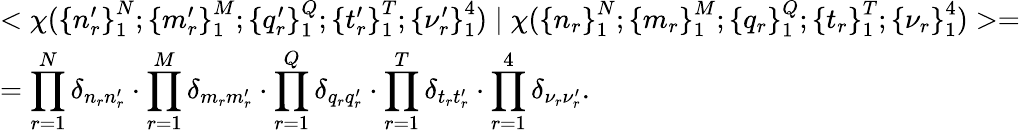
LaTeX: \begin{array}{l}{{<\chi({\{ n_{r}^{\prime}\} }_{1}^{N};{\{ m_{r}^{\prime}\} }_{1}^{M};{\{ q_{r}^{\prime}\} }_{1}^{Q};{\{ t_{r}^{\prime}\} }_{1}^{T};{\{ \nu_{r}^{\prime}\} }_{1}^{4})\mid\chi({\{ n_{r}\} }_{1}^{N};{\{ m_{r}\} }_{1}^{M};{\{ q_{r}\} }_{1}^{Q};{\{ t_{r}\} }_{1}^{T};{\{ \nu_{r}\} }_{1}^{4})>=}}\\ {{=\displaystyle\prod_{r=1}^{N}\delta_{n_{r}n_{r}^{\prime}}\cdot\displaystyle\prod_{r=1}^{M}\delta_{m_{r}m_{r}^{\prime}}\cdot\displaystyle\prod_{r=1}^{Q}\delta_{q_{r}q_{r}^{\prime}}\cdot\displaystyle\prod_{r=1}^{T}\delta_{t_{r}t_{r}^{\prime}}\cdot\displaystyle\prod_{r=1}^{4}\delta_{\nu_{r}\nu_{r}^{\prime}}.}}\end{array}